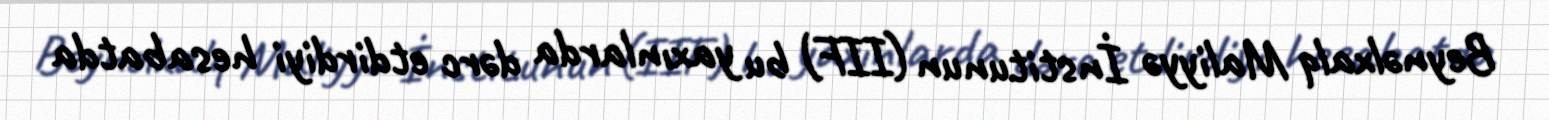
Beynəlxalq Maliyyə İnstitunun (IIF) bu yaxınlarda dərc etdirdiyi hesabatda